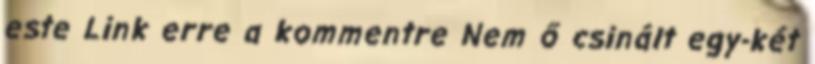
este Link erre a kommentre Nem ő csinált egy-két